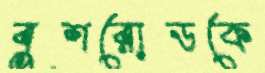
বুশরোডকে